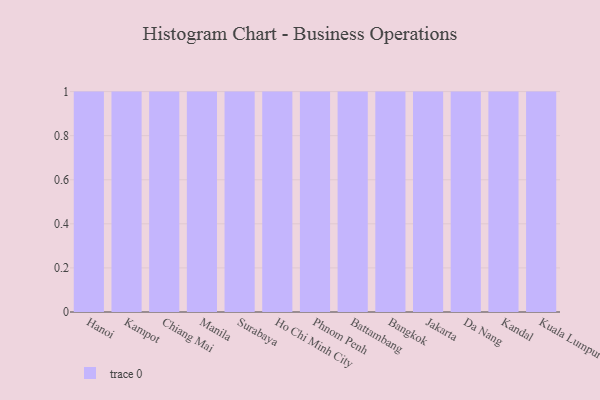
{"axis": {"x": "City", "y": "Inventory Turnover"}, "legend": [""], "data": [{"x": "Hanoi", "y": 56, "type": ""}, {"x": "Kampot", "y": 64, "type": ""}, {"x": "Chiang Mai", "y": 37, "type": ""}, {"x": "Manila", "y": 9, "type": ""}, {"x": "Surabaya", "y": 79, "type": ""}, {"x": "Ho Chi Minh City", "y": 21, "type": ""}, {"x": "Phnom Penh", "y": 52, "type": ""}, {"x": "Battambang", "y": 4, "type": ""}, {"x": "Bangkok", "y": 67, "type": ""}, {"x": "Jakarta", "y": 96, "type": ""}, {"x": "Da Nang", "y": 97, "type": ""}, {"x": "Kandal", "y": 83, "type": ""}, {"x": "Kuala Lumpur", "y": 4, "type": ""}]}